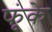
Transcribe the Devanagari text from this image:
फूंके